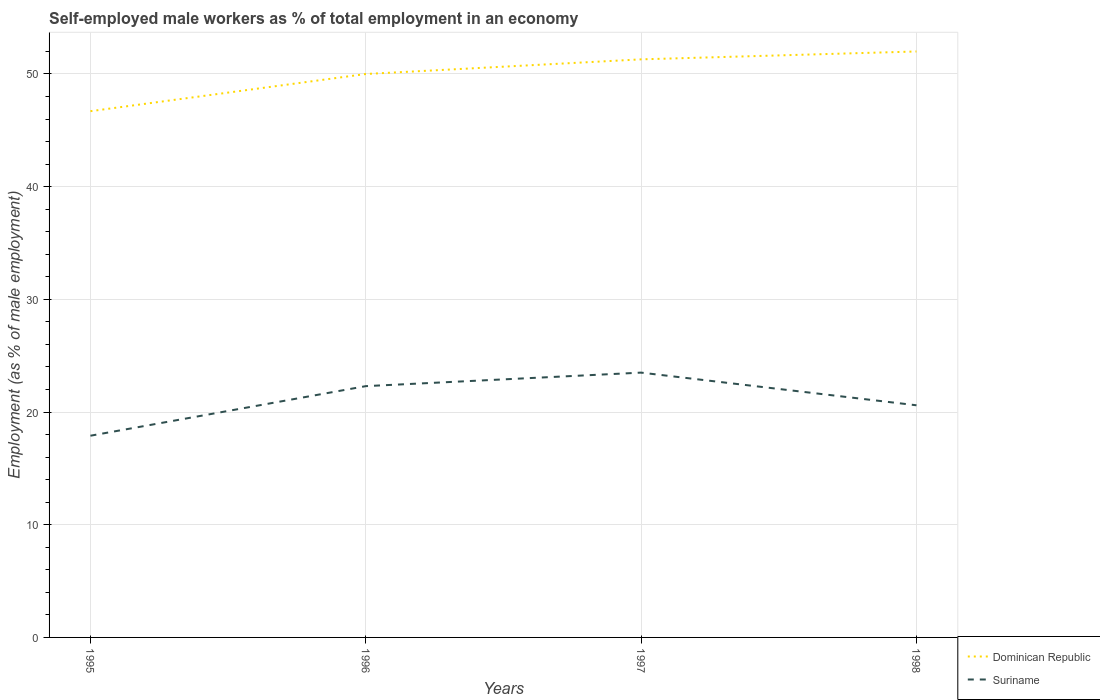
| Years | Dominican Republic | Suriname |
 | --- | --- | --- |
 | 1995 | 46.7 | 17.9 |
 | 1996 | 50 | 22.3 |
 | 1997 | 51.3 | 23.5 |
 | 1998 | 52 | 20.6 |